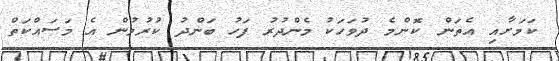
ކަމަށާއި އެތަން ކޮންމެ ދުވަހަކު މެންދުރު ފަހު ބަންދު ކުރުމުން އެ މަސައްކަތް